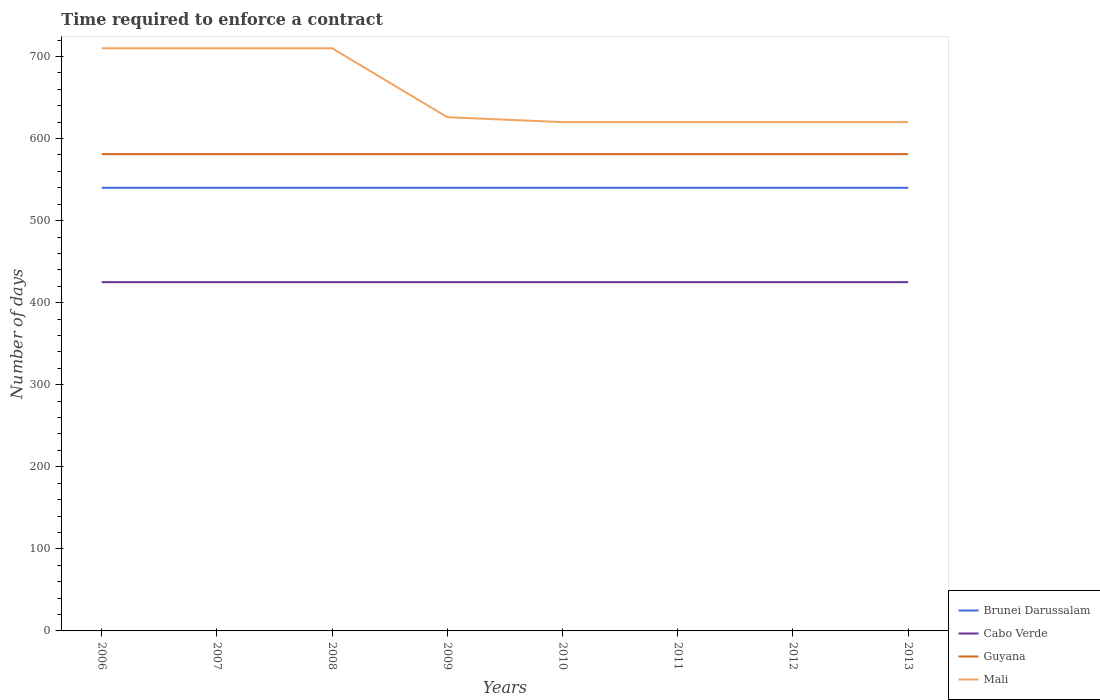
| Years | Brunei Darussalam | Cabo Verde | Guyana | Mali |
 | --- | --- | --- | --- | --- |
 | 2006 | 540 | 425 | 581 | 710 |
 | 2007 | 540 | 425 | 581 | 710 |
 | 2008 | 540 | 425 | 581 | 710 |
 | 2009 | 540 | 425 | 581 | 626 |
 | 2010 | 540 | 425 | 581 | 620 |
 | 2011 | 540 | 425 | 581 | 620 |
 | 2012 | 540 | 425 | 581 | 620 |
 | 2013 | 540 | 425 | 581 | 620 |